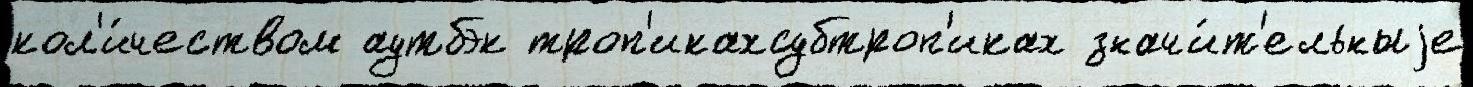
кол'и́чеством аутбэк троп'икахсубтроп'иках значи́т'ельныjе